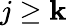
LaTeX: j\geq\mathbf{k}